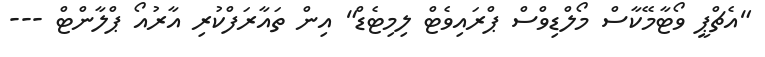
"އެޗްޕީ ވޯޓާމޭކާސް މޯލްޑިވްސް ޕްރައިވެޓް ލިމިޓެޑް" އިން ތައާރަފްކުރި އާރުއޯ ޕްލާންޓް ---